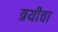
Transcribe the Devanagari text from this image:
त्रयीचा